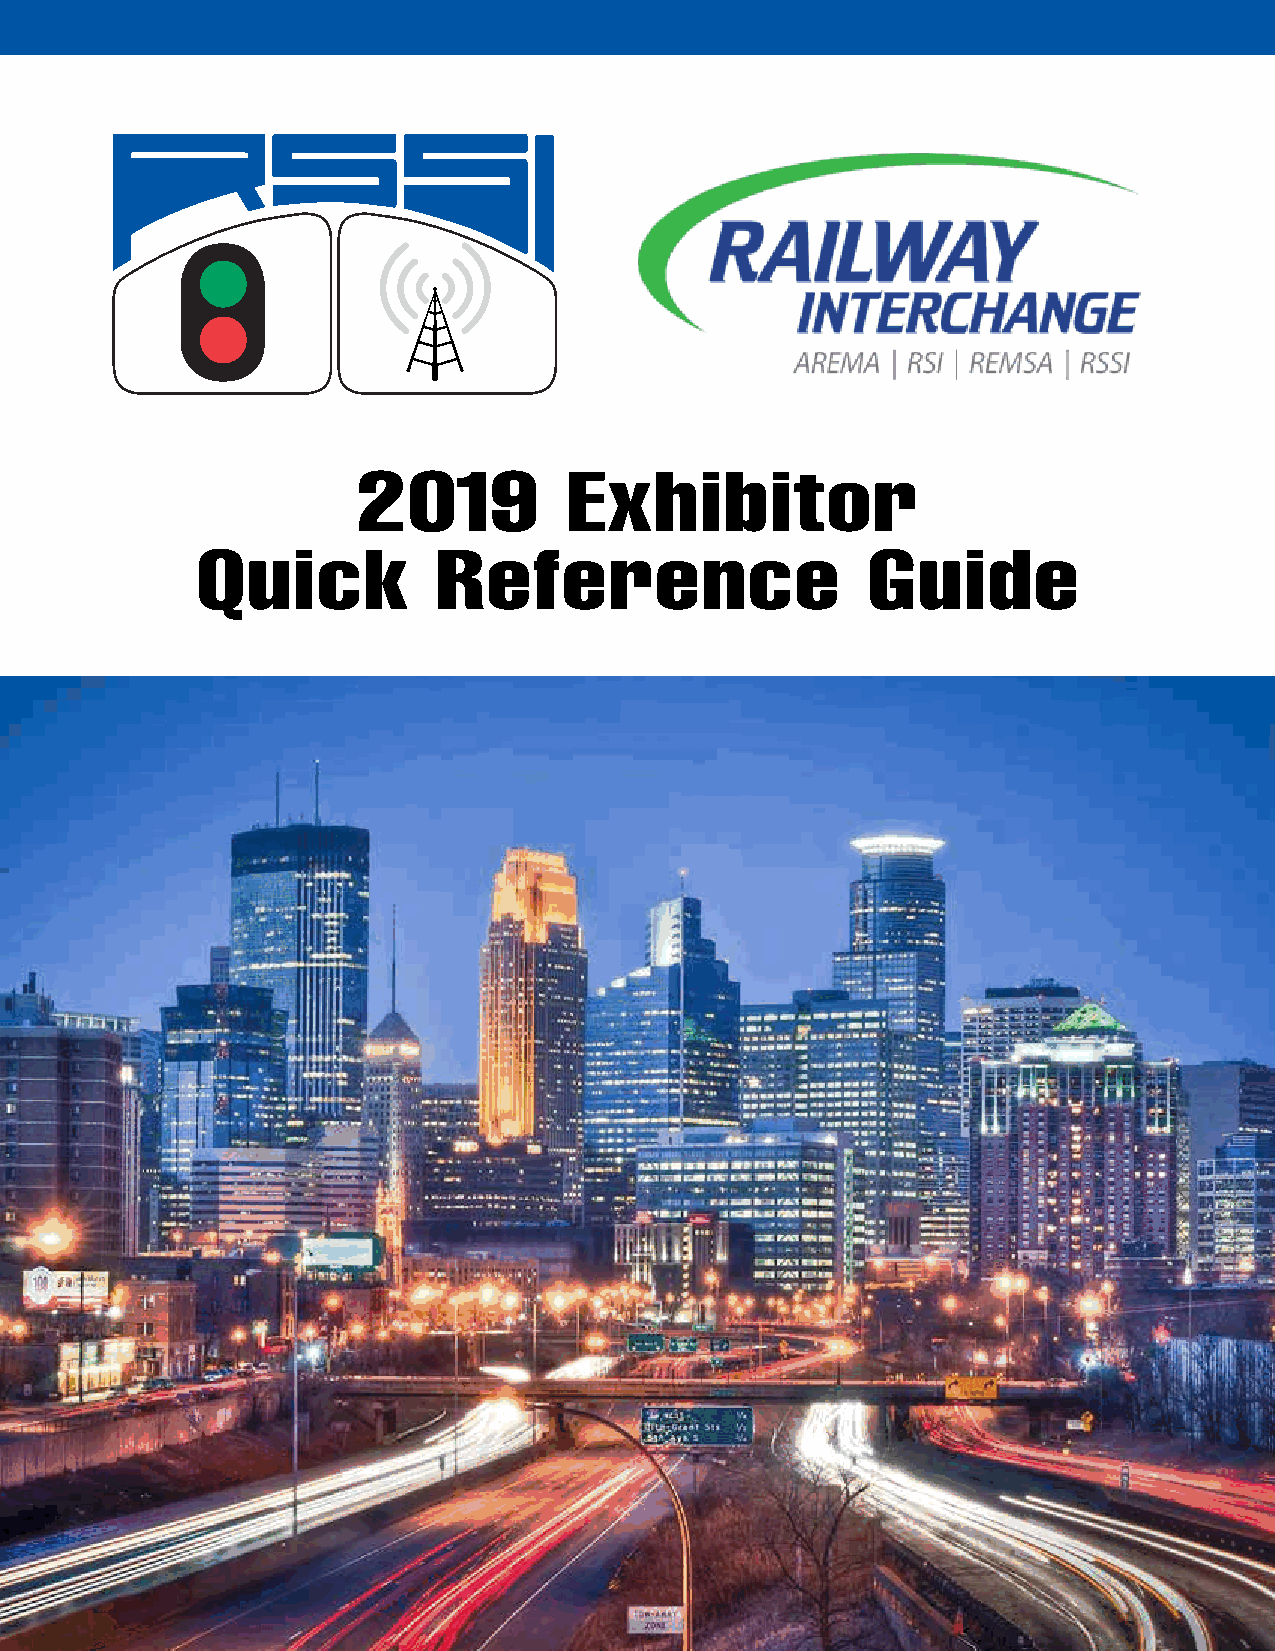
2019          Exhibitor
 Quick           Reference                   Guide